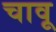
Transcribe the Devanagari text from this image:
चावू